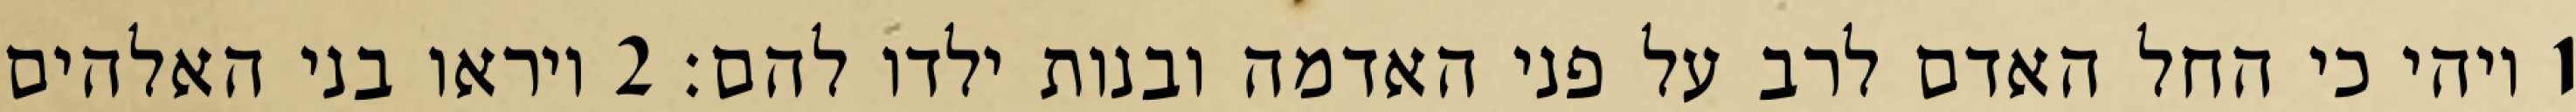
1 ויהי כי החל האדם לרב על פני האדמה ובנות ילדו להם׃ ‎2‏ ויראו בני האלהים